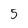
Character: 5